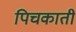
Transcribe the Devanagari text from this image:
पिचकाती